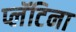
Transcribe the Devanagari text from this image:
प्लॅटिना